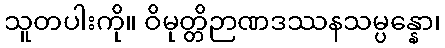
သူတပါးကို။ ဝိမုတ္တိဉာဏဒဿနသမ္ပန္နော၊